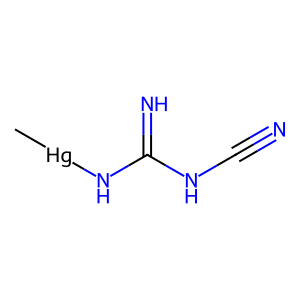
SMILES: C[Hg]NC(=N)NC#N
Inhibits HIV replication: No